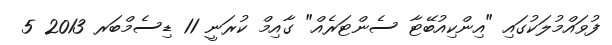
ފުވައްމުލަކުގައި "އިންކިއުބޭޓާ ސެންޓަރެއް" ގާއިމް ކުރަނީ 11 ޑިސެމްބަރ 2013 5